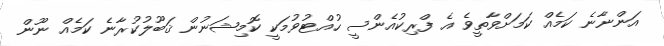
އަންނާނެ ކަމެއް ކަމަށްވާތީވެ އެ ފްރިކުއެންސީ ހުއްޓުވުމަކީ ކޮމިޝަނުން ޤަބޫލުކުރާނެ ކަމެއް ނޫން